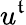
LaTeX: u^{\mathfrak{t}}